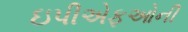
ઇપીએફઓની